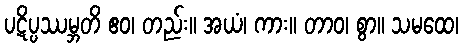
ပဋိပ္ပဿမ္ဘတိ ဧဝ၊ တည်း။ အယံ၊ ကား။ တာဝ၊ စွာ။ သမထေ၊